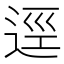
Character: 逕